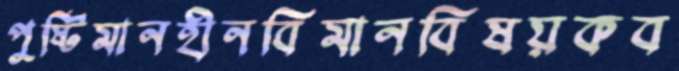
পুষ্টিমানহীনবিমানবিষয়কব